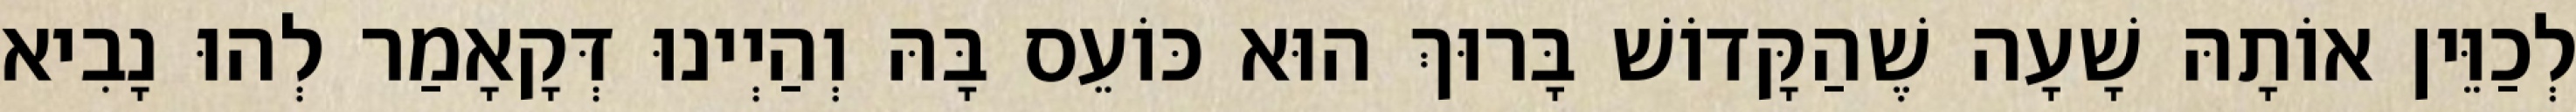
לְכַוֵּין אוֹתָהּ שָׁעָה שֶׁהַקָּדוֹשׁ בָּרוּךְ הוּא כּוֹעֵס בָּהּ וְהַיְינוּ דְּקָאָמַר לְהוּ נָבִיא